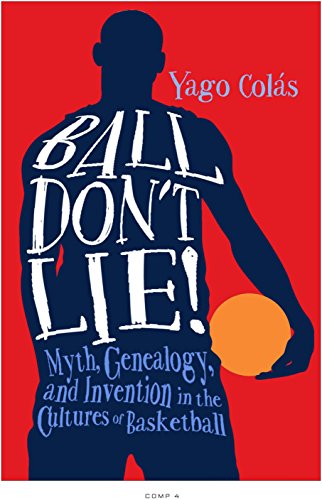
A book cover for Ball Don't Lie: Myth, Genealogy, and Invention in the Cultures of Basketball (Sporting); Yago ColÃ¡s; Sports & Outdoors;